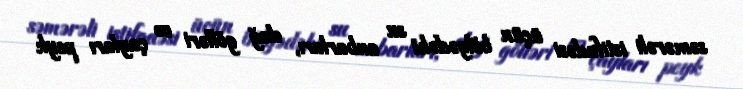
səmərəli istifadəsi üçün bölgədəki su anbarları, dağ gölləri və çayları peyk